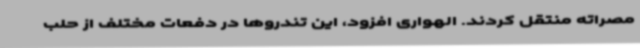
مصراته منتقل کردند. الهواری افزود، این تندروها در دفعات مختلف از حلب